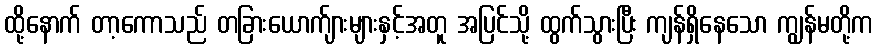
ထို့နောက် တာ့ကောသည် တခြားယောက်ျားများနှင့်အတူ အပြင်သို့ ထွက်သွားပြီး ကျန်ရှိနေသော ကျွန်မတို့က